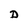
Character: D